Document type: Sale
Year: 1435
Scribe: Pere Soler
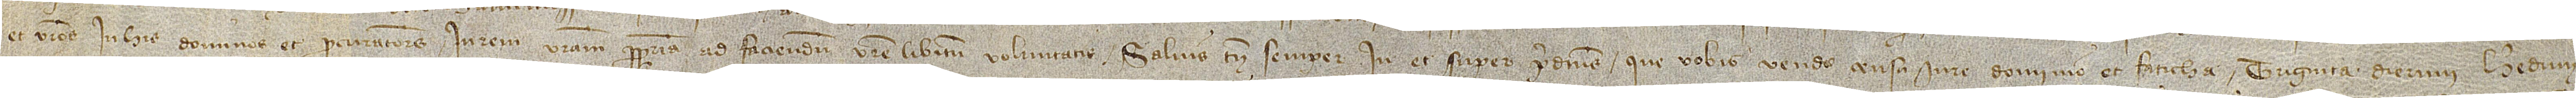
et vestros in his dominos et procuratores in rem vestram propriam ad faciendum vestre libitum voluntatis, salvis tamen semper in et super predictis que vobis vendo censu, iure, dominio et faticha triginta dierum heredum